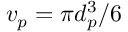
v _ { p } = \pi d _ { p } ^ { 3 } / 6